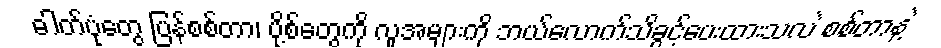
ဓါတ်ပုံတွေ ပြန်စစ်တာ၊ ပို့စ်တွေကို လူအများကို ဘယ်လောက်သိခွင့်ပေးထားသလဲ စစ်တာနဲ့